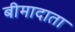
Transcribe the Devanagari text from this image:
बीमादाता